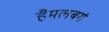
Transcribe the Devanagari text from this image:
हैमलबर्ग